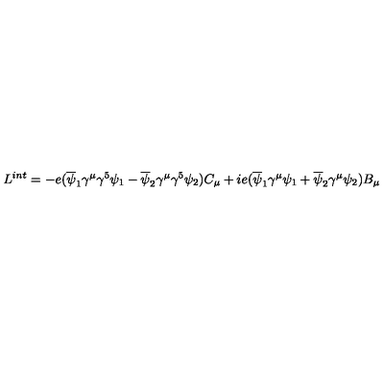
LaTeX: L ^ { i n t } = - e ( \overline { \psi } _ { 1 } \gamma ^ { \mu } \gamma ^ { 5 } \psi _ { 1 } - \overline { \psi } _ { 2 } \gamma ^ { \mu } \gamma ^ { 5 } \psi _ { 2 } ) C _ { \mu } + i e ( \overline { \psi } _ { 1 } \gamma ^ { \mu } \psi _ { 1 } + \overline { \psi } _ { 2 } \gamma ^ { \mu } \psi _ { 2 } ) B _ { \mu }